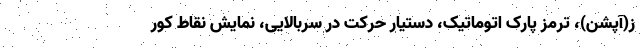
ز(آپشن)، ترمز پارک اتوماتیک، دستیار حرکت در سربالایی، نمایش نقاط کور